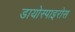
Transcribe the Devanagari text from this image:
डायोस्पाइरोस